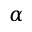
\alpha